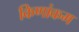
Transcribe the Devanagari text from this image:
किणांकम